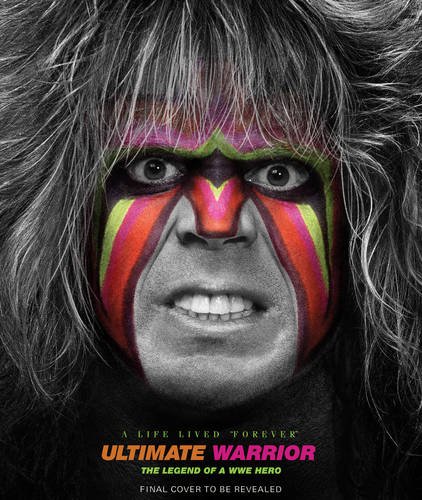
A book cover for Ultimate Warrior: A Life Lived "Forever": The Legend of a WWE Hero; Jon Robinson; Humor & Entertainment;